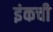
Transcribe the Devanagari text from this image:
इंकची